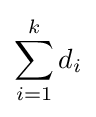
\sum _{i=1}^{k}d_{i}